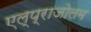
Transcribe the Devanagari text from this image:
एल्प्राजोलम